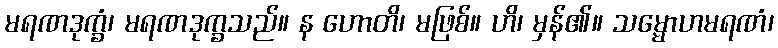
မရဏဒုက္ခံ၊ မရဏဒုက္ခသည်။ န ဟောတိ၊ မဖြစ်။ ဟိ၊ မှန်၏။ သမ္မောဟမရဏံ၊